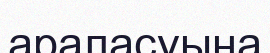
араласуына